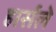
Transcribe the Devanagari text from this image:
हार्सले